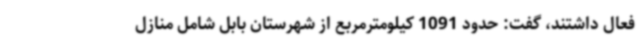
فعال داشتند، گفت: حدود 1091 کیلومترمربع از شهرستان بابل شامل منازل